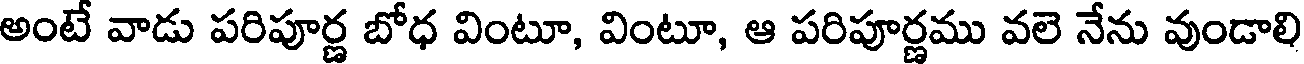
అంటే వాడు పరిపూర్ణ బోధ వింటూ, వింటూ, ఆ పరిపూర్ణము వలె నేను వుండాలి